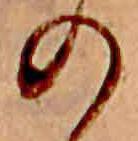
の